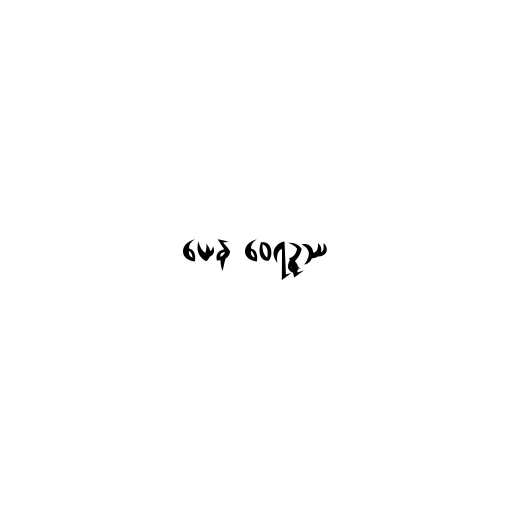
ယေန ဝေရဉ္ဇဿ